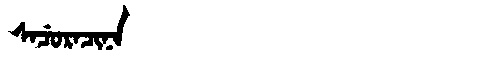
Manchu: ᠰᠠᠴᡠᡵᠠᠴᡳᠨᠠ
Romanization: SACURACINA